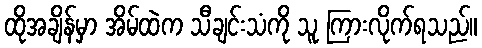
ထိုအချိန်မှာ အိမ်ထဲက သီချင်းသံကို သူ ကြားလိုက်ရသည်။